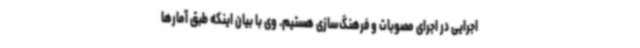
اجرایی در اجرای مصوبات و فرهنگ‌سازی هستیم. وی با بیان اینکه طبق آمارها